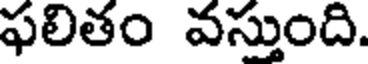
ఫలితం వస్తుంది.